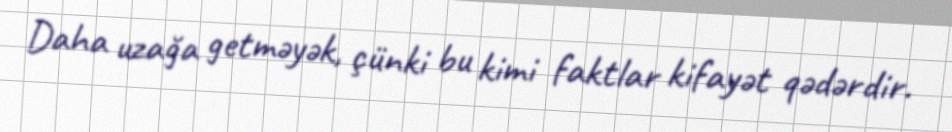
Daha uzağa getməyək, çünki bu kimi faktlar kifayət qədərdir.